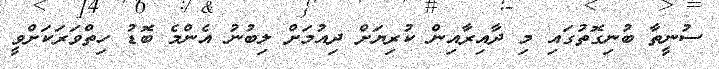
ސުނީތާ ބުނިގޮތުގައި މި ދާއިރާއިން ކުރިޔަށް ދިއުމަށް ލިބުނު އެންމެ ބޮޑު ހިތްވަރަކަށްވީ